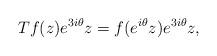
LaTeX: \begin{align*}Tf(z) e^{3i\theta} z = f(e^{i\theta} z)e^{3i\theta}z,\end{align*}